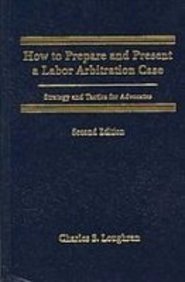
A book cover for How to Prepare and Present a Labor Arbitration Case, 2nd edition; Charles S. Loughran; Law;